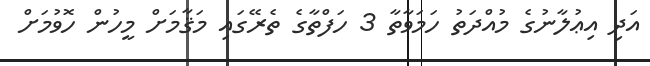
އަދި އިޢުލާނުގެ މުއްދަތު ހަމަވާތާ 3 ހަފްތާގެ ތެރޭގައި މަޤާމަށް މީހުން ހޮވުމަށް